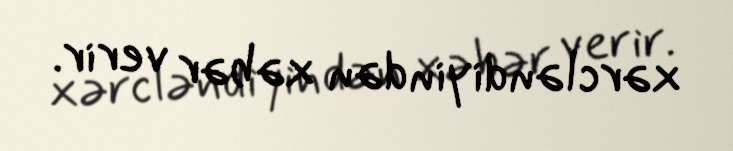
xərcləndiyindən xəbər verir.